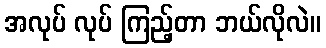
အလုပ် လုပ် ကြည့်တာ ဘယ်လိုလဲ။